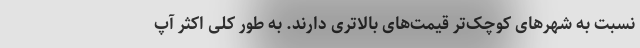
نسبت به شهرهای کوچک‌تر قیمت‌های بالاتری دارند. به طور کلی اکثر آپ